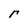
Character: r